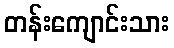
တန်းကျောင်းသား